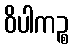
ဝိပါကဉ္စ